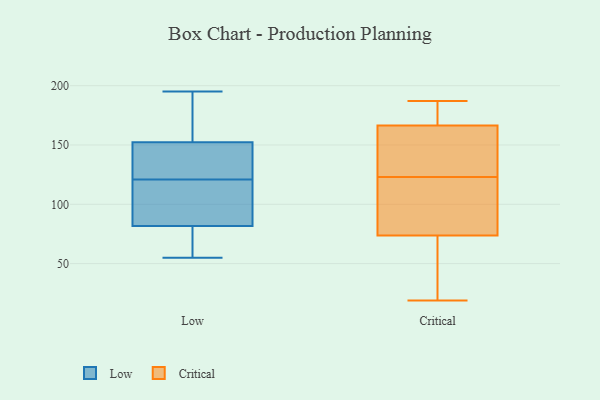
{"axis": {"x": "Page Views", "y": "Value"}, "legend": ["Critical", "Low"], "data": [{"x": "", "y": 55, "type": "Low"}, {"x": "", "y": 140, "type": "Low"}, {"x": "", "y": 96, "type": "Low"}, {"x": "", "y": 156, "type": "Low"}, {"x": "", "y": 141, "type": "Low"}, {"x": "", "y": 195, "type": "Low"}, {"x": "", "y": 77, "type": "Low"}, {"x": "", "y": 121, "type": "Low"}, {"x": "", "y": 108, "type": "Low"}, {"x": "", "y": 178, "type": "Low"}, {"x": "", "y": 76, "type": "Low"}, {"x": "", "y": 103, "type": "Low"}, {"x": "", "y": 64, "type": "Low"}, {"x": "", "y": 163, "type": "Low"}, {"x": "", "y": 132, "type": "Low"}, {"x": "", "y": 130, "type": "Critical"}, {"x": "", "y": 82, "type": "Critical"}, {"x": "", "y": 177, "type": "Critical"}, {"x": "", "y": 112, "type": "Critical"}, {"x": "", "y": 181, "type": "Critical"}, {"x": "", "y": 75, "type": "Critical"}, {"x": "", "y": 180, "type": "Critical"}, {"x": "", "y": 153, "type": "Critical"}, {"x": "", "y": 162, "type": "Critical"}, {"x": "", "y": 163, "type": "Critical"}, {"x": "", "y": 22, "type": "Critical"}, {"x": "", "y": 187, "type": "Critical"}, {"x": "", "y": 39, "type": "Critical"}, {"x": "", "y": 70, "type": "Critical"}, {"x": "", "y": 123, "type": "Critical"}, {"x": "", "y": 19, "type": "Critical"}, {"x": "", "y": 101, "type": "Critical"}]}